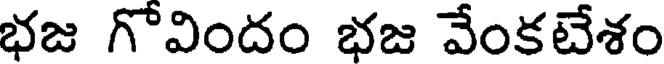
భజ గొవిందం భజ వేంకటేశం